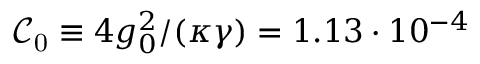
\mathcal { C } _ { \mathrm { 0 } } \equiv 4 g _ { 0 } ^ { 2 } / ( \kappa \gamma ) = 1 . 1 3 \cdot 1 0 ^ { - 4 }